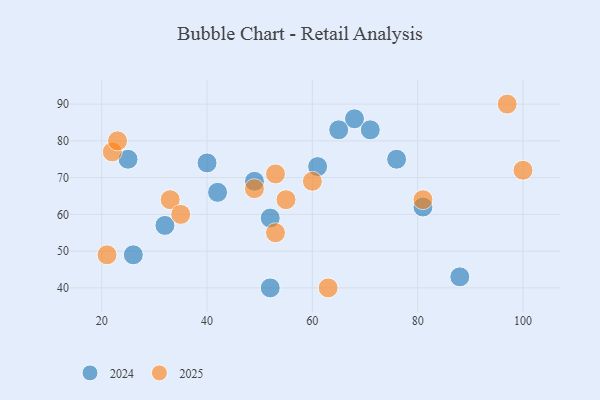
{"axis": {"x": "GDP", "y": "Life Expectancy"}, "legend": ["2024", "2025"], "data": [{"x": "55", "y": 64, "type": "2025"}, {"x": "100", "y": 72, "type": "2025"}, {"x": "22", "y": 77, "type": "2025"}, {"x": "63", "y": 40, "type": "2025"}, {"x": "33", "y": 64, "type": "2025"}, {"x": "23", "y": 80, "type": "2025"}, {"x": "53", "y": 55, "type": "2025"}, {"x": "21", "y": 49, "type": "2025"}, {"x": "81", "y": 64, "type": "2025"}, {"x": "97", "y": 90, "type": "2025"}, {"x": "53", "y": 71, "type": "2025"}, {"x": "35", "y": 60, "type": "2025"}, {"x": "60", "y": 69, "type": "2025"}, {"x": "49", "y": 67, "type": "2025"}, {"x": "40", "y": 74, "type": "2024"}, {"x": "88", "y": 43, "type": "2024"}, {"x": "52", "y": 40, "type": "2024"}, {"x": "68", "y": 86, "type": "2024"}, {"x": "65", "y": 83, "type": "2024"}, {"x": "49", "y": 69, "type": "2024"}, {"x": "32", "y": 57, "type": "2024"}, {"x": "42", "y": 66, "type": "2024"}, {"x": "26", "y": 49, "type": "2024"}, {"x": "52", "y": 59, "type": "2024"}, {"x": "71", "y": 83, "type": "2024"}, {"x": "81", "y": 62, "type": "2024"}, {"x": "25", "y": 75, "type": "2024"}, {"x": "61", "y": 73, "type": "2024"}, {"x": "76", "y": 75, "type": "2024"}]}